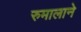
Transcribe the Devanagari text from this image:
रुमालाने